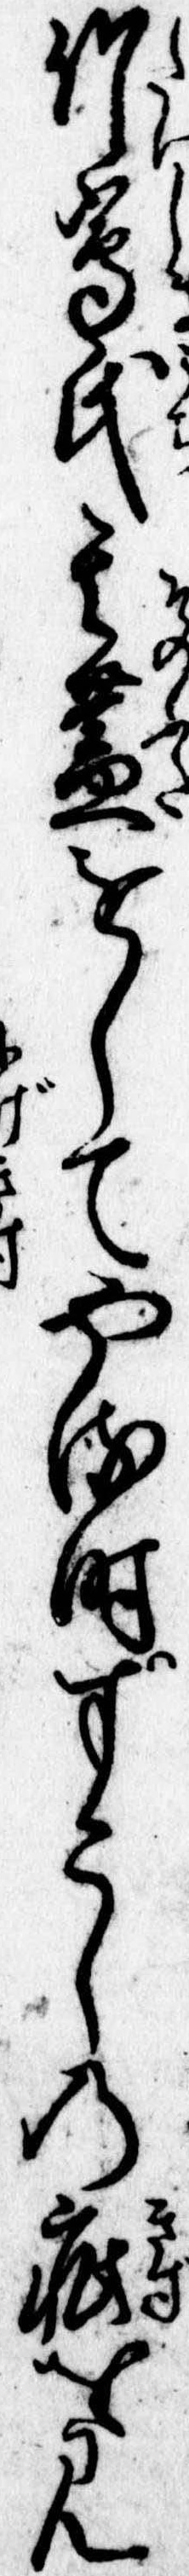
竹島氏其蓋をしてやる時すこしの疵を見